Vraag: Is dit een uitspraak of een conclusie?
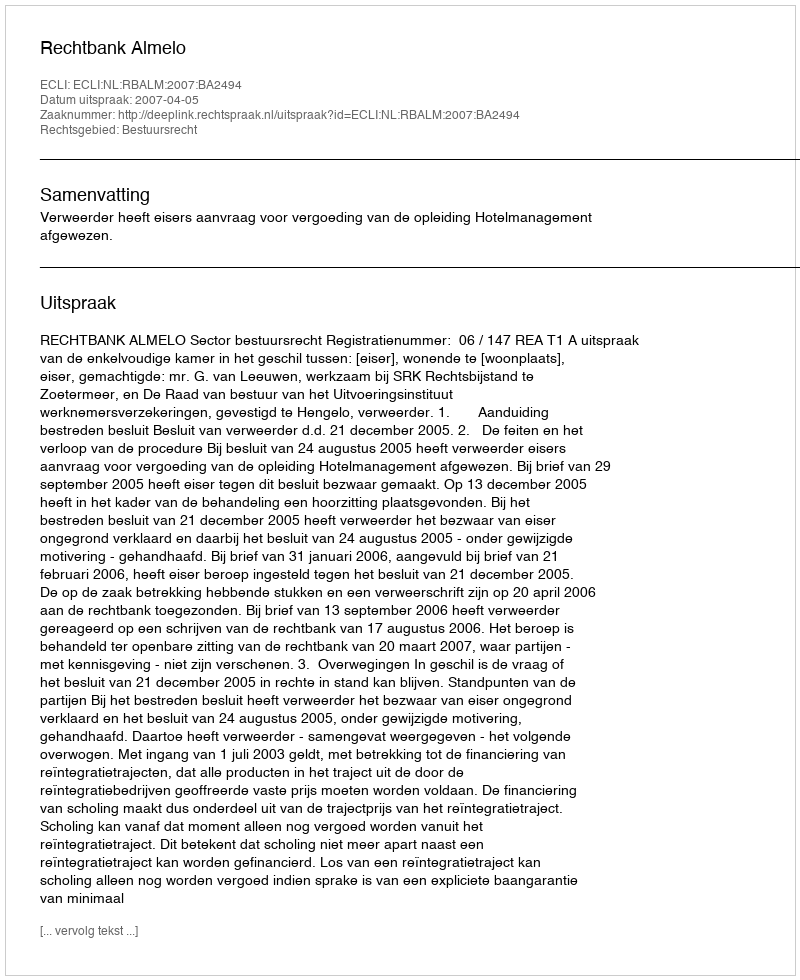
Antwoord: Uitspraak